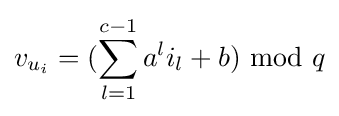
v_{u_{i}}=(\sum _{l=1}^{c-1}a^{l}i_{l}+b)~{\text{mod}}~q